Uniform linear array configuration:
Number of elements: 32
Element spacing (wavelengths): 1
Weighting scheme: blackman
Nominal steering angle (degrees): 45
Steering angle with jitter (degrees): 46.692
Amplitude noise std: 0.05
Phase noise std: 0.05

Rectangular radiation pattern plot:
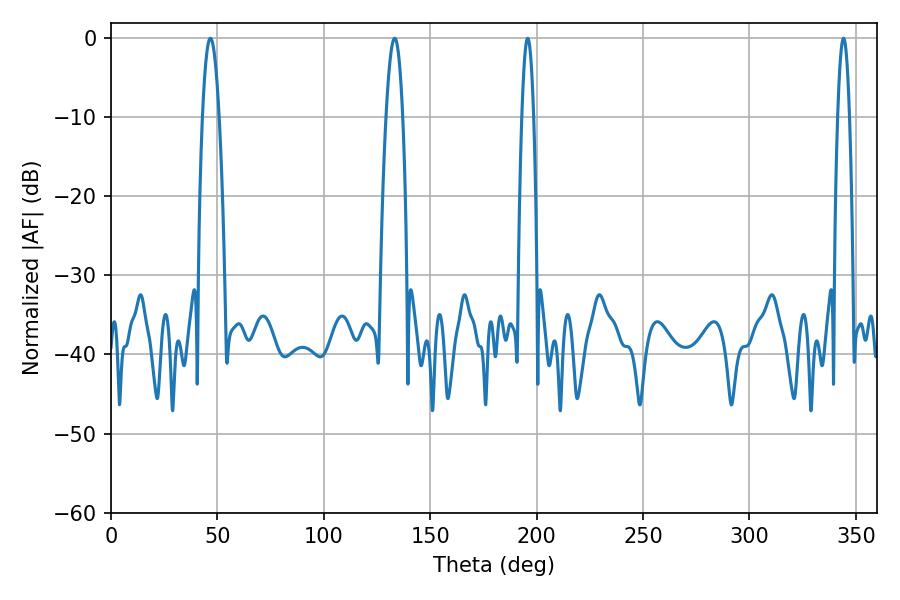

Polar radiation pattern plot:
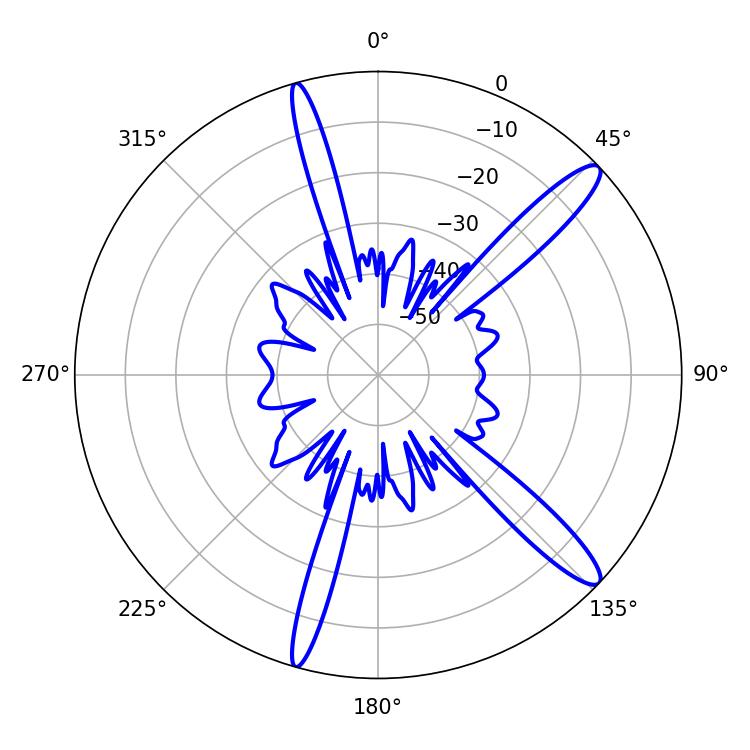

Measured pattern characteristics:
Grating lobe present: TRUE
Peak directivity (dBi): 13.606
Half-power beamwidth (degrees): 3.06
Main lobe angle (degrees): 344.16